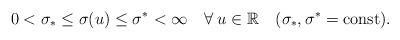
LaTeX: \begin{align*} 0<\sigma_*\le\sigma(u)\le\sigma^*<\infty\quad\forall\; u\in\mathbb{R}\quad(\sigma_*,\sigma^*=\mathrm{const}).\end{align*}